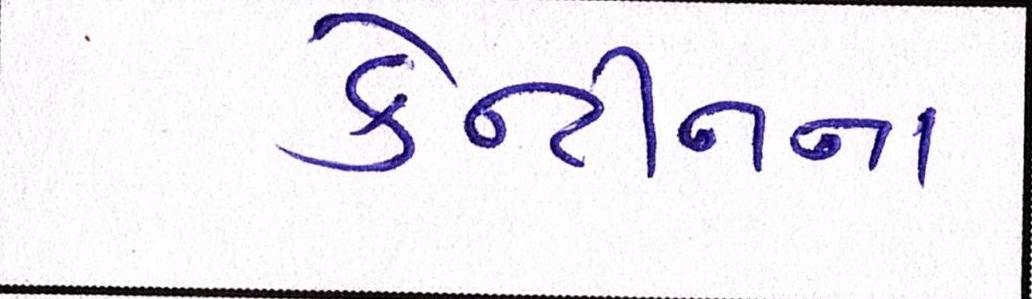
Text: કેન્ટીનના